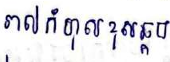
រាល់កំហុសខុសឆ្គង